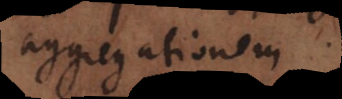
aggregatione